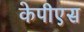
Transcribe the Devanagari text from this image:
केपीएस